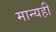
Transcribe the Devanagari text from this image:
मान्यही